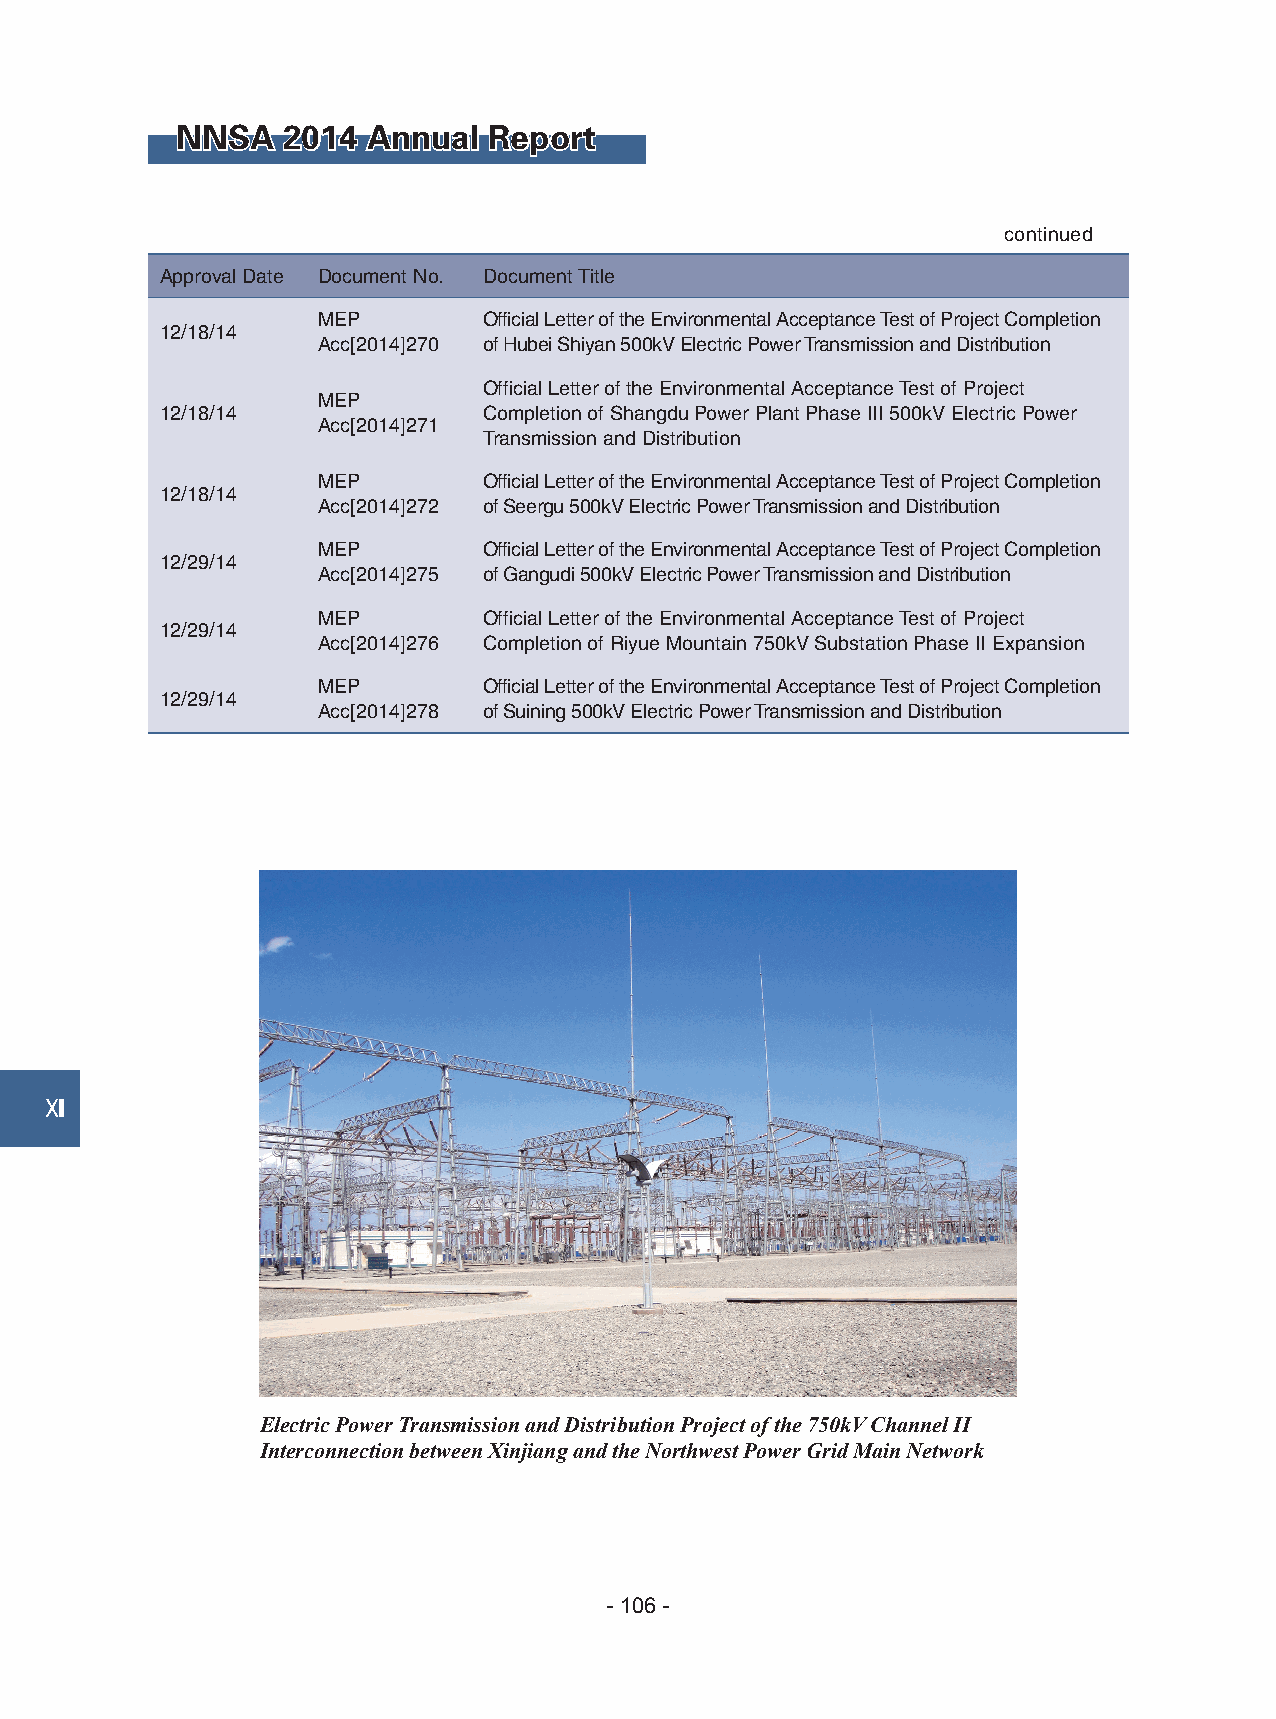
NNSA   2014 Annual  Report
 continued
 Approval Date Document No. Document Title
 MEP        Official Letter of the Environmental Acceptance Test of Project Completion
 12/18/14
 Acc[2014]270 of Hubei Shiyan 500kV Electric Power Transmission and Distribution
 Official Letter of the Environmental Acceptance Test of Project
 MEP
 12/18/14             Completion of Shangdu Power Plant Phase III 500kV Electric Power
 Acc[2014]271
 Transmission and Distribution
 MEP        Official Letter of the Environmental Acceptance Test of Project Completion
 12/18/14
 Acc[2014]272 of Seergu 500kV Electric Power Transmission and Distribution
 MEP        Official Letter of the Environmental Acceptance Test of Project Completion
 12/29/14
 Acc[2014]275 of Gangudi 500kV Electric Power Transmission and Distribution
 MEP        Official Letter of the Environmental Acceptance Test of Project
 12/29/14
 Acc[2014]276 Completion of Riyue Mountain 750kV Substation Phase II Expansion
 MEP        Official Letter of the Environmental Acceptance Test of Project Completion
 12/29/14
 Acc[2014]278 of Suining 500kV Electric Power Transmission and Distribution
 Ⅻ
 Electric Power Transmission and Distribution Project of the 750kV Channel II
 Interconnection between Xinjiang and the Northwest Power Grid Main Network
 - 106 -